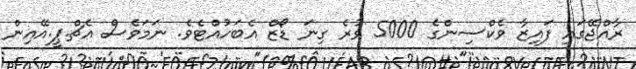
ރާއްޖޭގައި ފައިޒާ ވެކްސިންގެ 5000 ވުރެ ގިނަ ޑޯޒް އެބަހުއްޓެވެ. ނަމަވެސް އެޗް.ޕީ.އޭއިން